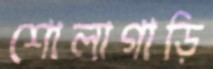
শোলাগাড়ি